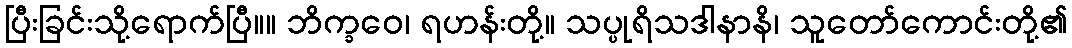
ပြီးခြင်းသို့ရောက်ပြီ။။ ဘိက္ခဝေ၊ ရဟန်းတို့။ သပ္ပုရိသဒါနာနိ၊ သူတော်ကောင်းတို့၏